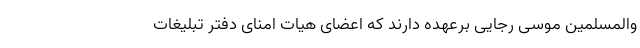
والمسلمین موسی رجایی برعهده دارند که اعضای هیات امنای دفتر تبلیغات